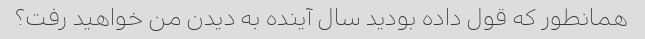
همانطور که قول داده بودید سال آینده به دیدن من خواهید رفت؟